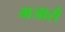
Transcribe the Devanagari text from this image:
मजारो